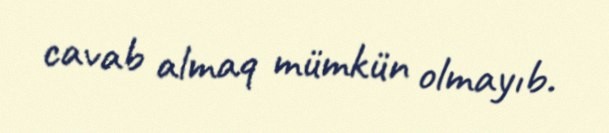
cavab almaq mümkün olmayıb.